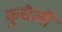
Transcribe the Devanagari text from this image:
कुचैली